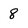
Character: 8